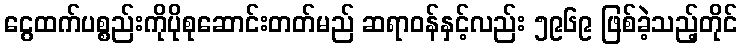
ငွေထက်ပစ္စည်းကိုပိုစုဆောင်းတတ်မည် ဆရာဝန်နှင့်လည်း ၅၉၆၉ ဖြစ်ခဲ့သည့်တိုင်